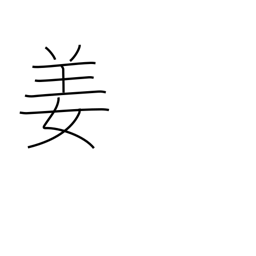
Meaning: Chinese surname